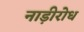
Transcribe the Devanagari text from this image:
नाड़ीरोध